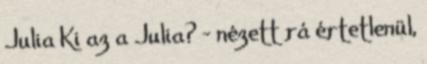
Julia Ki az a Julia? – nézett rá értetlenül,